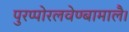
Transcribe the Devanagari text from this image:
पुरप्पोरलवेण्बामालै।